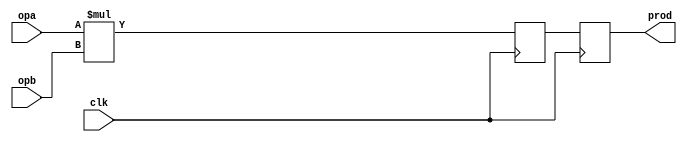
`define BITS 32         // Bit width of the operands
`define NumPath 34     

module mul_r2(clk, opa, opb, prod);
input		clk;
input	[23:0]	opa, opb;
output	[47:0]	prod;

reg	[47:0]	prod1, prod;

always @(posedge clk)
	prod1 <=   opa * opb;

always @(posedge clk)
	prod <=   prod1;

endmodule